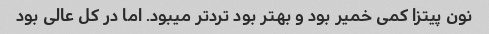
نون پیتزا کمی خمیر بود و بهتر بود ترد‌تر میبود. اما در کل عالی بود